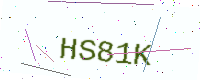
Text: HS81K